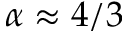
\alpha \approx 4 / 3